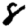
Digit: 8